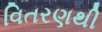
વિતરણથી